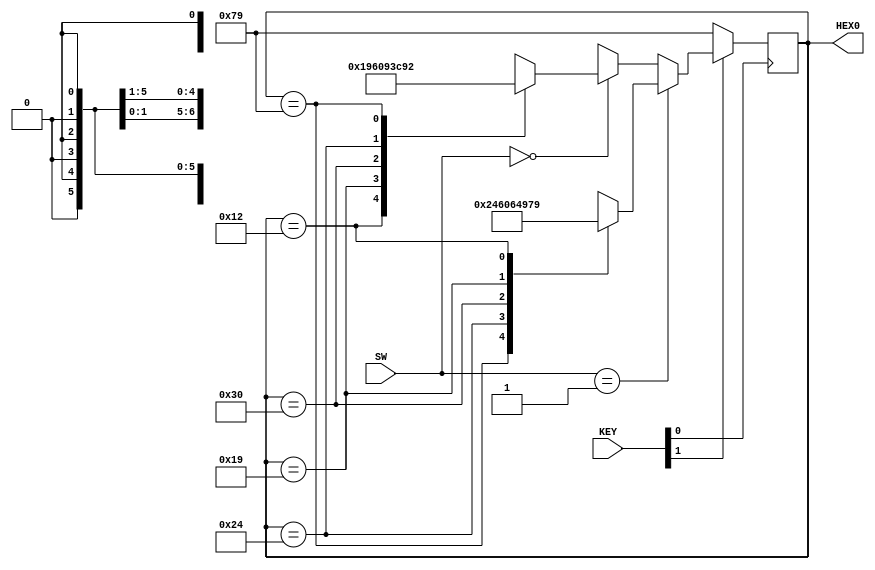
module lab4_top(SW,KEY,HEX0);
	input [3:0] KEY;
	input [9:0] SW;
	output [6:0] HEX0;

	reg [6:0] HEX0;
	reg [6:0] present_state;

	//initializes first state to 1
	initial HEX0 = 7'b1111001;
	initial present_state = 7'b1111001;

	//button 1 is pressed
	always @(negedge KEY[0]) begin
		//if reset button pressed, reset to 1
		if (KEY[1] == 0)
			present_state = 7'b1111001;		//1
		//if switch is on, move forward to next number
		else if (SW == 10'b0000000001) begin
			case(present_state)
				7'b1111001: present_state = 7'b0100100;		//1 --> 2
				7'b0100100: present_state = 7'b0110000;		//2 --> 3
				7'b0110000: present_state = 7'b0011001;		//3 --> 4
				7'b0011001: present_state = 7'b0010010;		//4 --> 5
  				7'b0010010: present_state = 7'b1111001;		//5 --> 1
  				default: present_state = 7'bx0x0x0x;		//err
  			endcase // present_state
  		end
  		//if switch is off, move backward to previous number
  		else if (SW == 10'b0000000000) begin
			case(present_state)
				7'b0010010: present_state = 7'b0011001;		//5 --> 4
				7'b0011001: present_state = 7'b0110000;		//4 --> 3
				7'b0110000: present_state = 7'b0100100;		//3 --> 2
				7'b0100100: present_state = 7'b1111001;		//2 --> 1
  				7'b1111001: present_state = 7'b0010010;		//1 --> 5
  				default: present_state = 7'b0x0x0x0;		//err
  			endcase // present_state
  		end
  		else
  			present_state = 7'bxxxxxxx;	//err
  		HEX0 = present_state;
  	end
endmodule